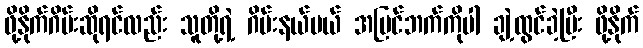
ဖို့နိုက်ဂိမ်းဆိုရင်လည်း သူတို့ရဲ့ ဂိမ်းနယ်ပယ် အပြင်ဘက်ကိုပါ ချဲ့ထွင်ခဲ့ပြီး ဖို့နိုက်